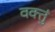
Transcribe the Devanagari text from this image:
वक्तुं